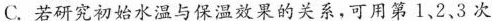
C.若研究初始水温与保温效果的关系，可用第1，2、3次